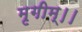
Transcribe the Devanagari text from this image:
मृगीम्।।